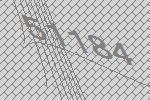
51184